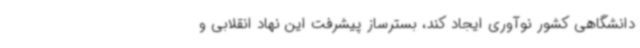
دانشگاهی کشور نوآوری ایجاد کند، بسترساز پیشرفت این نهاد انقلابی و